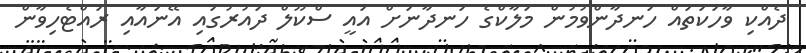
ދެއްކި ވާހަކަތައް ހަނދާންވުމުން މަލާކްގެ ހަނދާނަށް އައީ ސްކޫލް ދައުރުގައި އޭނައާއި ރައްޓެހިވާން